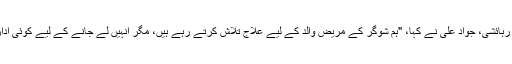
مردان کے ایک رہائشی، جواد علی نے کہا، "ہم شوگر کے مریض والد کے لیے علاج تلاش کرتے رہے ہیں، مگر انہیں لے جانے کے لیے کوئی ادارہ نہیں کھلا ہوا۔